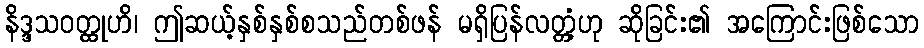
နိဒ္ဒသဝတ္ထုဟိ၊ ဤဆယ့်နှစ်နှစ်စသည်တစ်ဖန် မရှိပြန်လတ္တံ့ဟု ဆိုခြင်း၏ အကြောင်းဖြစ်သော